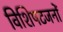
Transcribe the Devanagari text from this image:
विशिषटजनों